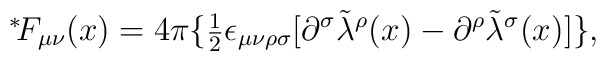
\mbox{\mbox{}$^*\!$} F_{\mu\nu}(x) = 4 \pi \{\mbox{\small $\frac{1}{2}$}\epsilon_{\mu\nu\rho\sigma}   [\partial^\sigma {\tilde \lambda}^\rho(x) - \partial^\rho   {\tilde \lambda}^\sigma(x)]\},